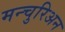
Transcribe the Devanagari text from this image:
मन्चुरिअन